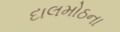
દાલમોઠના